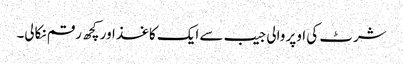
شرٹ کی اوپر والی جیب سے ایک کاغذ اور کچھ رقم نکالی۔